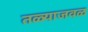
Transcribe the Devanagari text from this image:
तळ्याजवळ